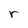
Character: r